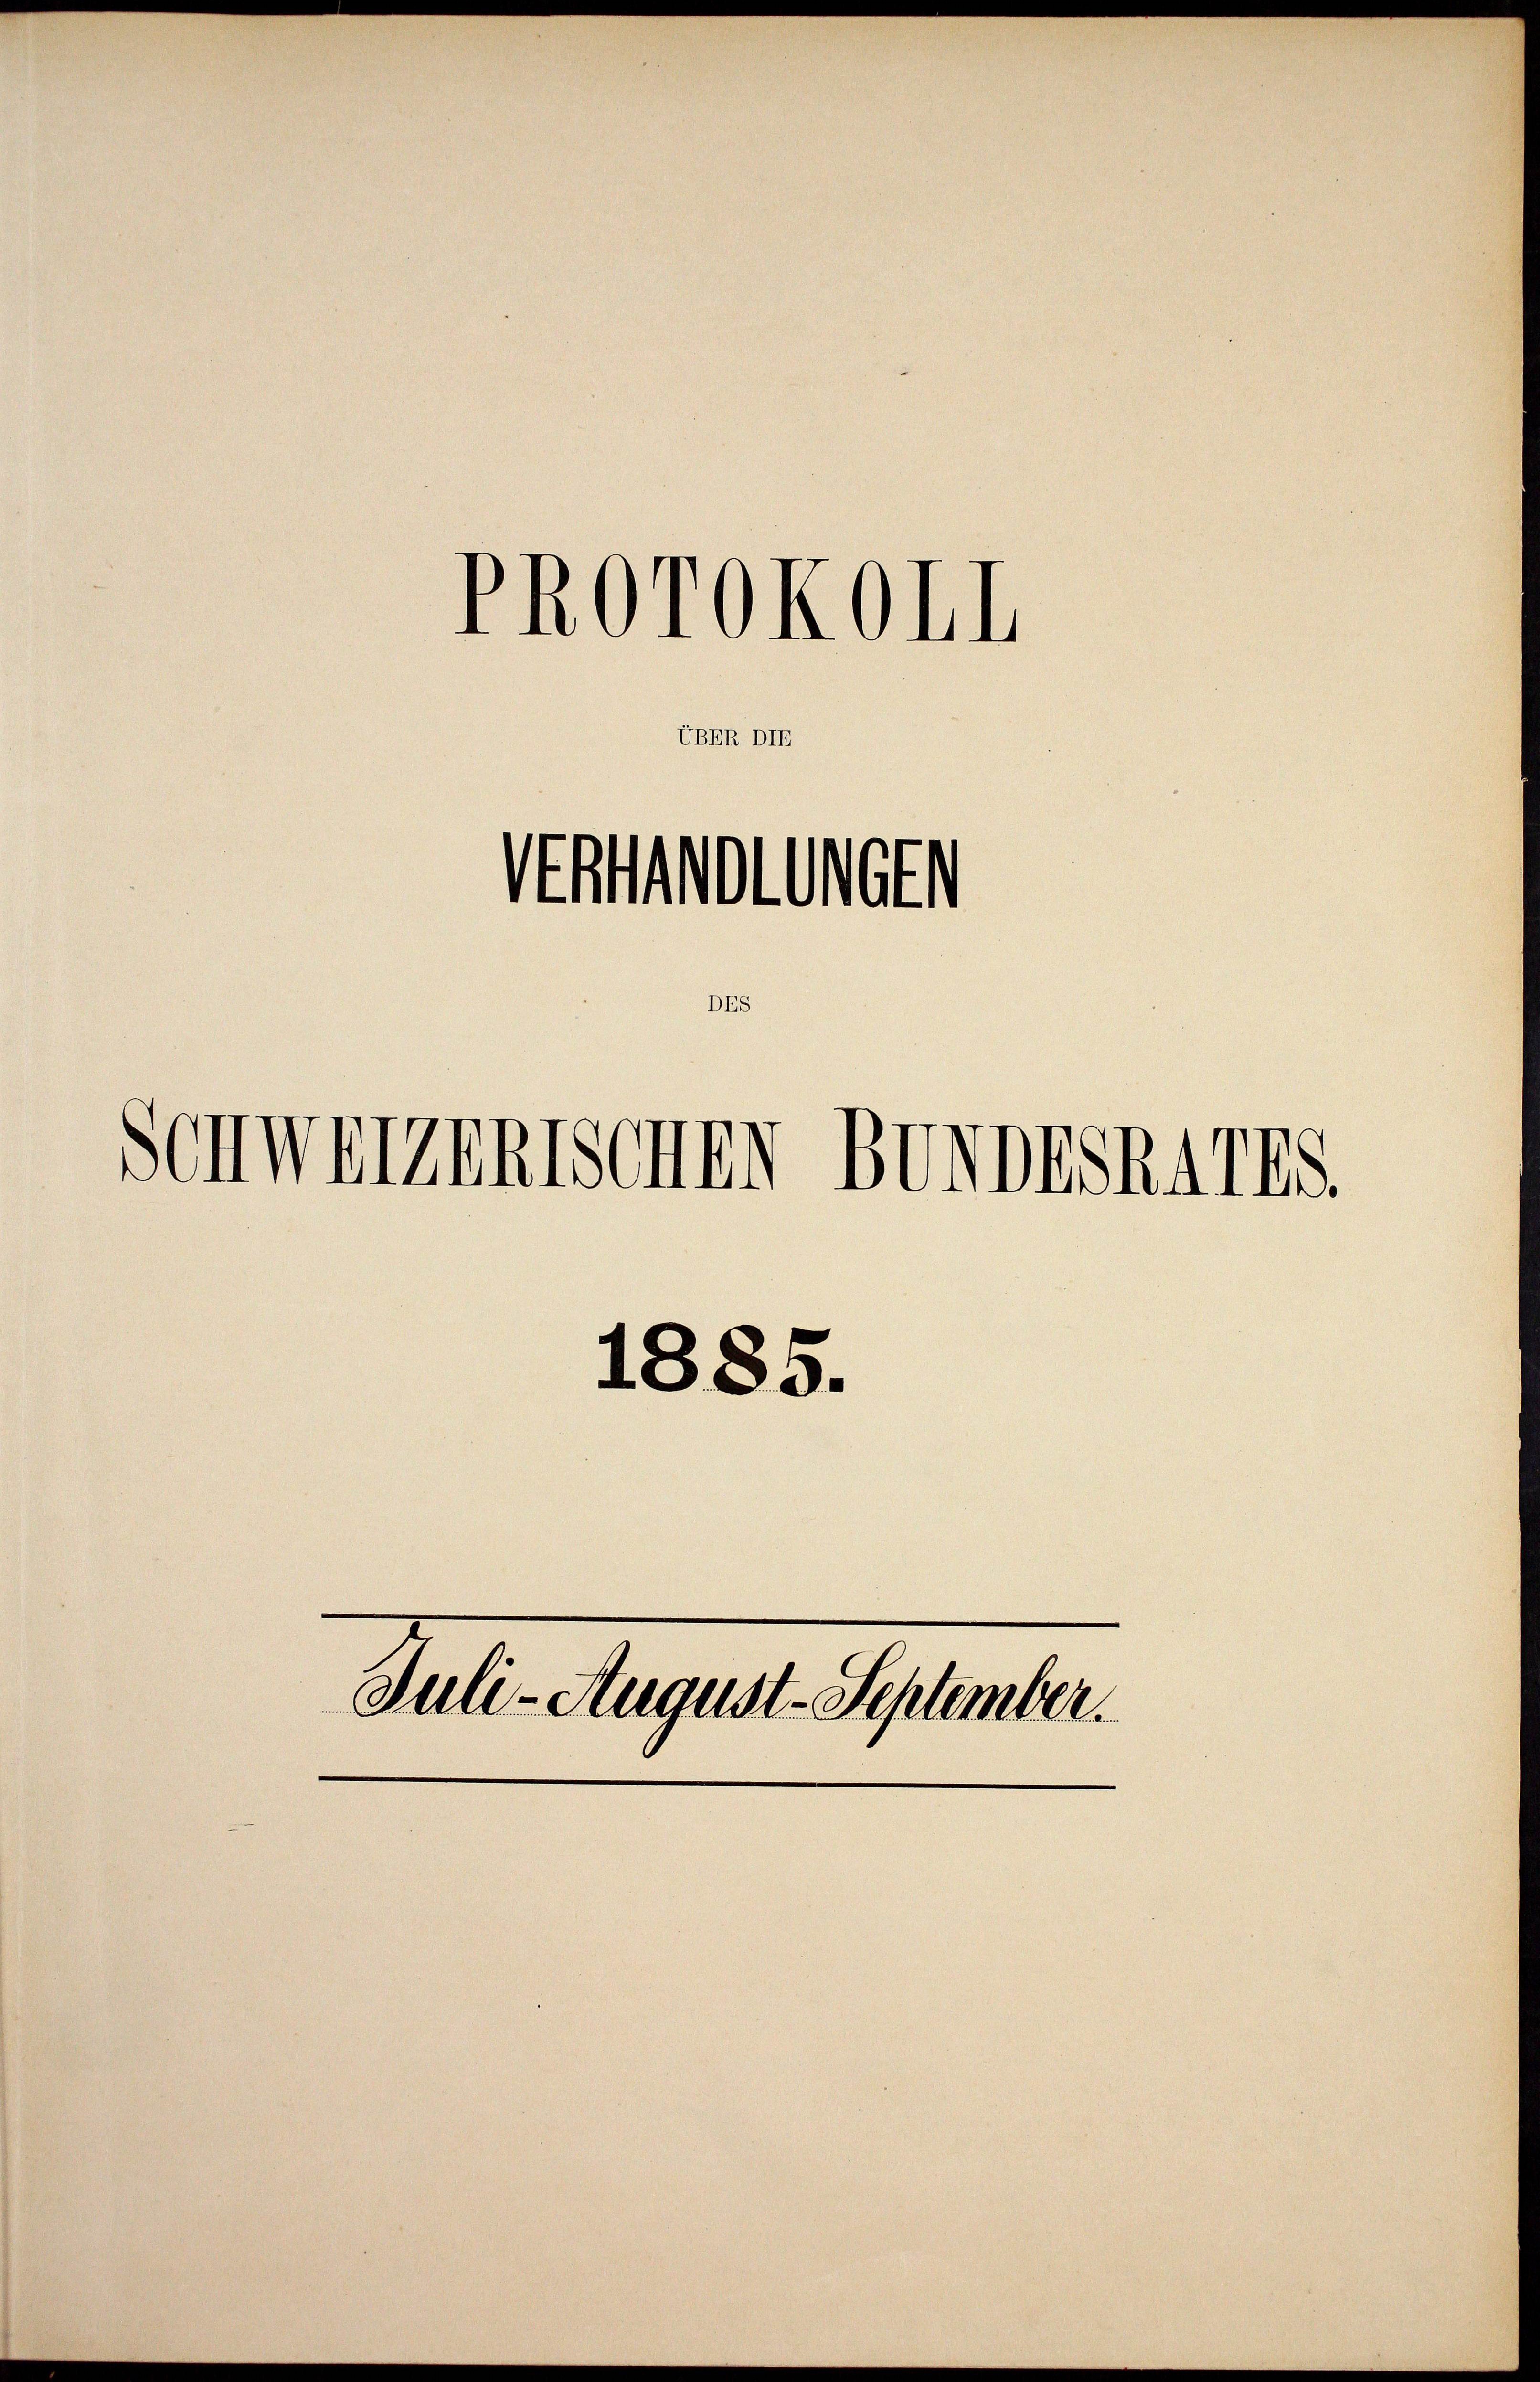
UBER DIE

PROrOKOII

D

Schwerzentschen

Ventionen

BUNDESRATES.

1885.
Juli-August September.